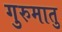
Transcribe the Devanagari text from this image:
गुरुमातु